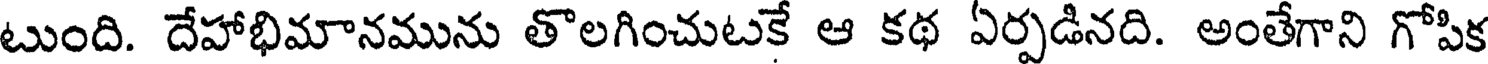
టుంది. దేహాభిమానమును తొలగించుటకే ఆ కథ ఏర్పడినది. అంతేగాని గోపిక